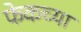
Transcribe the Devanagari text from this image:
फेकच्या